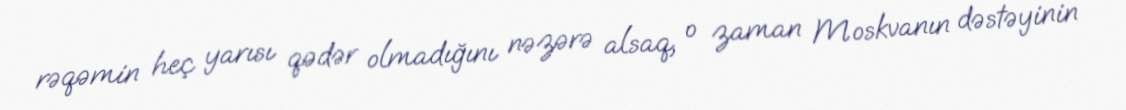
rəqəmin heç yarısı qədər olmadığını nəzərə alsaq, o zaman Moskvanın dəstəyinin